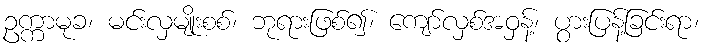
ဥက္ကာမုခ၊ မင်းလှမျိုးစစ်၊ ဘုရားဖြစ်၍၊ ကျော်လှစ်အဝှန့်၊ ပွားပြန့်ခြင်းရာ၊